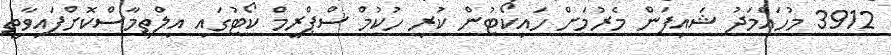
3912 މުހައްމަދު ޝައިފަން މެރުމަށް ހައިކޯޓުން ކުރި ހުކުމް ސްޕްރީމް ކޯޓުގައި އިލްތިމާސްކޮށްފައިވާތީ